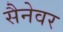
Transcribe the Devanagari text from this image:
सैनेवर